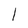
Character: l